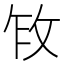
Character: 𫾩